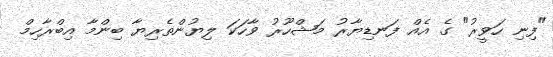
"ފިނި ހަވީރު" ގެ އެއް ފަނޑިޔާރު މަޝްހޫރު ވާހަކަ ލިޔުންތެރިޔާ ބިންމާ އިބްރާހިމް